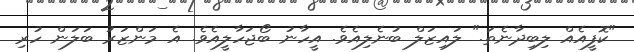
"ކޮފީއެއް ލިބިދާނެތަ." ލައިޒަލް ބުނެލިއެވެ. އީހާނު ބޯޖަހާލީއެވެ. އެ މަންޒަރު ބަލަން ހުރި